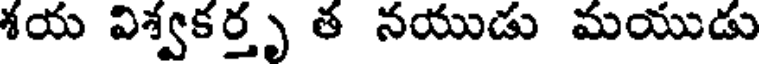
శయ విశ్వకర్తృ త నయుడు మయుడు